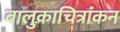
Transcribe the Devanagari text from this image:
बालुकाचित्रांकन